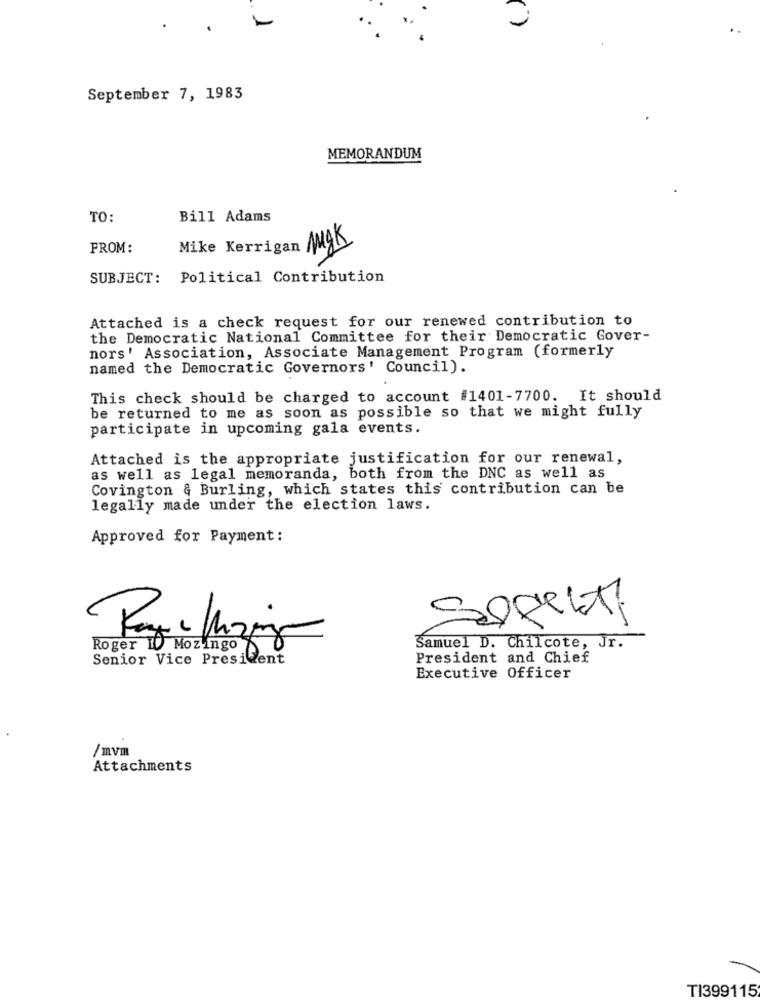
September 7, 1983
MEMORANDUM
TO:
Bill Adams
FROM:
Mike Kerrigan AŞK
SUBJECT: Political Contribution
Attached is a check request for our renewed contribution to
the Democratic National Committee for their Democratic Gover-
nors' Association, Associate Management Program (formerly
named the Democratic Governors' Council).
This check should be charged to account #1401-7700. It should
be returned to me as soon as possible so that we might fully
participate in upcoming gala events.
Attached is the appropriate justification for our renewal,
as well as legal memoranda, both from the DNC as well as
Covington & Burling, which states this contribution can be
legally made under the election laws.
Approved for Payment:
Roger I Mozingo
Samuel D. Chilcote, Jr.
Senior Vice President
President and Chief
Executive Officer
/mvm
Attachments
TI399115